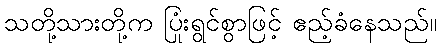
သတို့သားတို့က ပြုံးရွင်စွာဖြင့် ဧည့်ခံနေသည်။